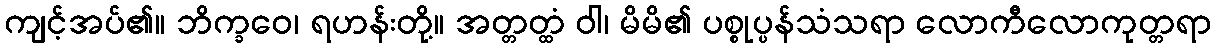
ကျင့်အပ်၏။ ဘိက္ခဝေ၊ ရဟန်းတို့။ အတ္တတ္ထံ ဝါ၊ မိမိ၏ ပစ္စုပ္ပန်သံသရာ လောကီလောကုတ္တရာ